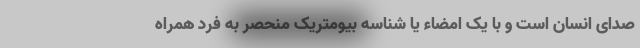
صدای انسان است و با یک امضاء یا شناسه بیومتریک منحصر به فرد همراه